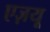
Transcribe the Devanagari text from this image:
एज़यू